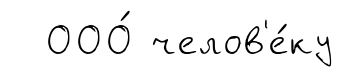
ООО́ челов'е́ку